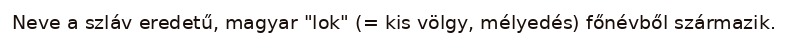
Neve a szláv eredetű, magyar "lok" (= kis völgy, mélyedés) főnévből származik.